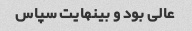
عالی بود و بینهایت سپاس